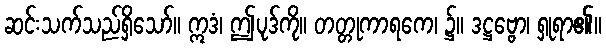
ဆင်းသက်သည်ရှိသော်။ ဣဒံ၊ ဤပုဒ်ကို။ တတ္တုကာရကေ၊ ၌။ ဒဋ္ဌဗ္ဗော၊ ရှုရာ၏။